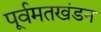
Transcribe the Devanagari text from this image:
पूर्वमतखंडन